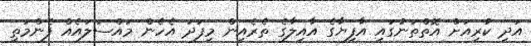
އަދި ކުރިއަށް އޮތްތަނުގައި އާފިޔާގެ އާއިލާގެ ތެރެއިން މިފަދަ އެހެން މައްސަލައެއް ފެންމަތި